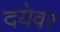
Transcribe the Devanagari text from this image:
दयेवर